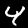
Digit: 4